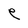
Character: e